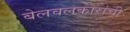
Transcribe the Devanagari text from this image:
बेलवलकारांची